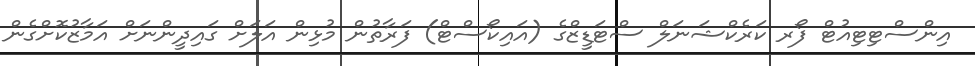
އިންސްޓިޓިއުޓް ފޯރ ކަރެކްޝަނަލް ސްޓަޑީޒްގެ (އައިކޯސްޓް) ފަރާތުން މުޅިން އަލަށް ގައިދީންނަށް އަމާޒުކޮށްގެން